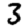
Digit: 3